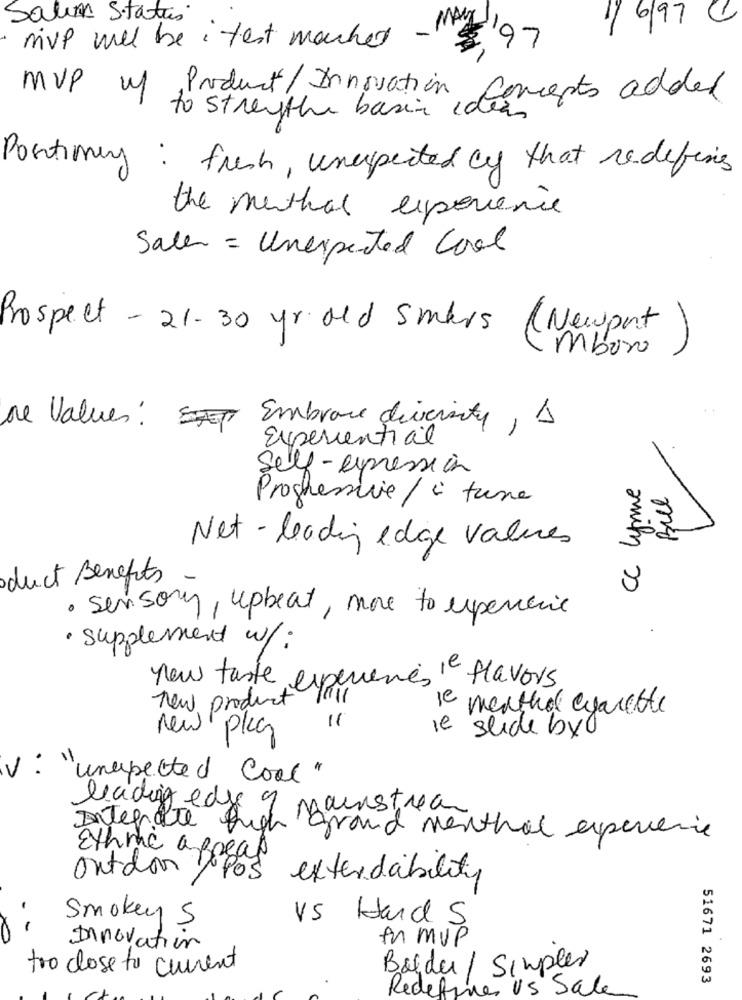
Salon Stattis
1/6/97
mvp well be : test marked -
$97
MVP of Product/Innovation
Concepts added
to streythe basic idea
Portiming: fresh, unexpected cy that redefing
the method experience
Salen = Unexpected Cool
Prospect - 21- 30 yr. old smars (Newport)
mboro
ne Values : Embrace diversity , A
Experiential
Self- expression
CC lynne
Bre
Progressive / i tune
Net - leading edge values
duct Benefits
· sensory, upbeat, more to upencie
· supplement w/:
now taste experience " flavors
new product
menthol agarette
11
ie
slide byo
new pkg
V:"
unepected cool"
leading edge 9 mainstream
Integrate high
grand menthal experience
Eth me appeal
outdoor ypos extendability
-
Smokey 5
vs Hands
0
in mup
Innovation
too close to current
Bolder / Simples
51671 2693
Redefines US Sale